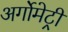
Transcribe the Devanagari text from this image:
अर्गोमेट्री